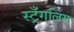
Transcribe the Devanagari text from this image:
स्ट्रँगलिंग